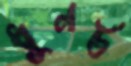
ধুনট